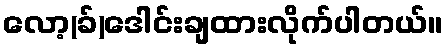
လော့(ခ်)ဒေါင်းချထားလိုက်ပါတယ်။